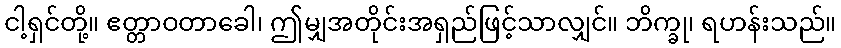
ငါ့ရှင်တို့။ ဧတ္တာဝတာခေါ၊ ဤမျှအတိုင်းအရှည်ဖြင့်သာလျှင်။ ဘိက္ခု၊ ရဟန်းသည်။